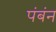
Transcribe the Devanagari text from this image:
पंबंन